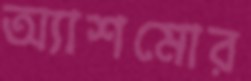
অ্যাশমোর